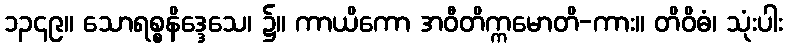
၁၃၄၉။ သောရစ္စနိဒ္ဒေသေ၊ ၌။ ကာယိကော အဝီတိက္ကမောတိ-ကား။ တိဝိဓံ၊ သုံးပါး